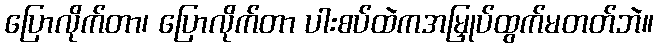
ပြောလိုက်တာ၊ ပြောလိုက်တာ ပါးစပ်ထဲကအမြှုပ်ထွက်မတတ်ဘဲ။